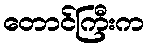
တောင်ကြီးက